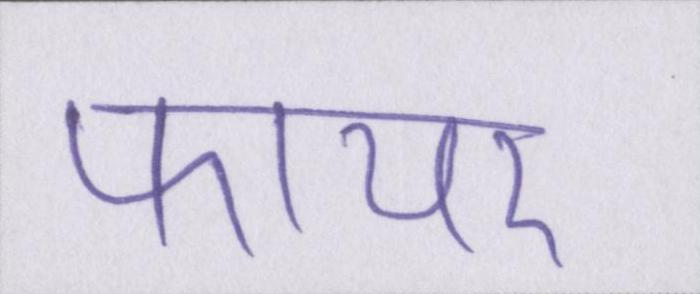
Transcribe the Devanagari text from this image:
फायर